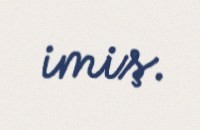
imiş.